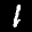
Label: 1